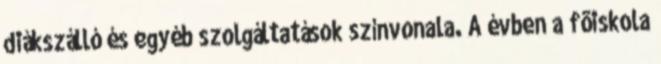
diákszálló és egyéb szolgáltatások színvonala. A évben a fõiskola